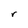
Character: r